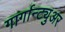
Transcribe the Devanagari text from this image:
गार्गान्ट्युअर